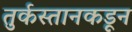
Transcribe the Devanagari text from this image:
तुर्कस्तानकडून